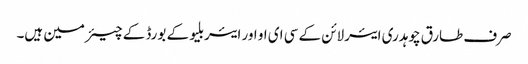
صرف طارق چوہدری ایئرلائن کے سی ای او اور ایئربلیو کے بورڈ کے چیئرمین ہیں۔